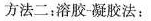
方法二：溶胶-凝胶法：